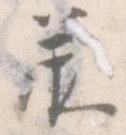
承